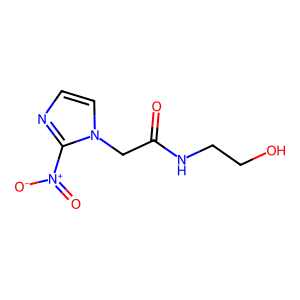
SMILES: O=C(Cn1ccnc1[N+](=O)[O-])NCCO
Inhibits HIV replication: No